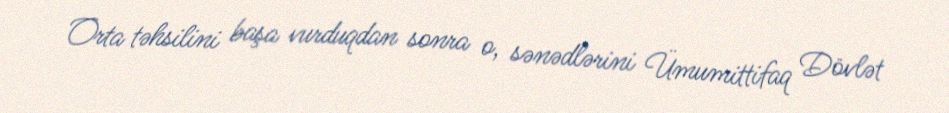
Orta təhsilini başa vurduqdan sonra o, sənədlərini Ümumittifaq Dövlət